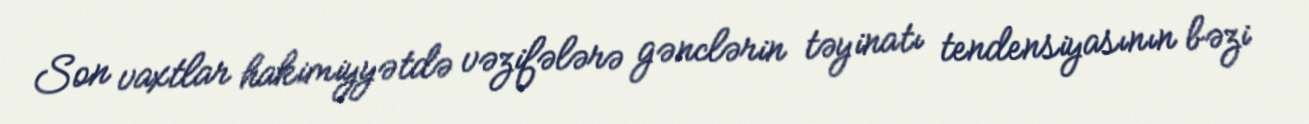
Son vaxtlar hakimiyyətdə vəzifələrə gənclərin təyinatı tendensiyasının bəzi